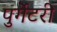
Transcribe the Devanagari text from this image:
पुर्गेटरी